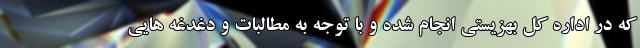
که در اداره کل بهزیستی انجام شده و با توجه به مطالبات و دغدغه هایی